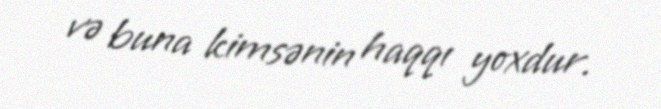
və buna kimsənin haqqı yoxdur.